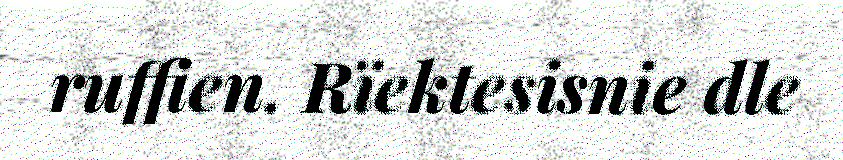
ruffien. Rïektesisnie dle